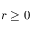
r \geq 0